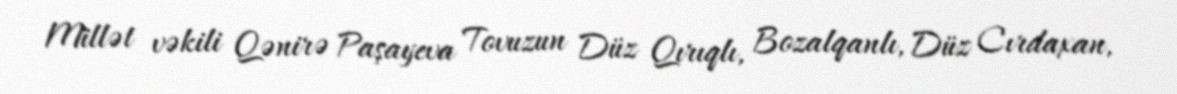
Millət vəkili Qənirə Paşayeva Tovuzun Düz Qırıqlı, Bozalqanlı, Düz Cırdaxan,